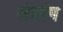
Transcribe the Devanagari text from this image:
यंत्रांग